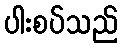
ပါးစပ်သည်